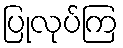
ပြုလုပ်ကြ